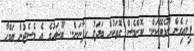
ފިލައިގެން ނޫޅެވޭކަން.. ކޮންމެސް ގޮތަކުން ބަދަލު ހިފާނަން.. ޔޫޝައުގެ އެ މެސެޖުން ޔަމްހާ